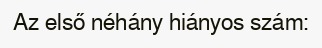
Az első néhány hiányos szám: